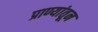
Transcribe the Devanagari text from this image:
प्राण्यांतून